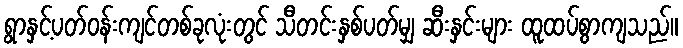
ရွာနှင့်ပတ်ဝန်းကျင်တစ်ခုလုံးတွင် သီတင်းနှစ်ပတ်မျှ ဆီးနှင်းများ ထူထပ်စွာကျသည်။